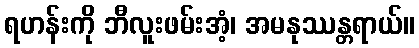
ရဟန်းကို ဘီလူးဖမ်းအံ့၊ အမနုဿန္တရာယ်။